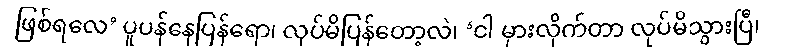
ဖြစ်ရလေ’ ပူပန်နေပြန်ရော၊ လုပ်မိပြန်တော့လဲ၊ ‘ငါ မှားလိုက်တာ လုပ်မိသွားပြီ၊